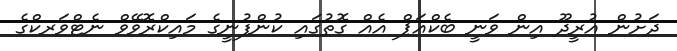
ދަށުން އުރީދޫ އިން ވަނީ ބެކްއަޕް އެއް ގޮތުގައި ކުންފުނީގެ މައިކްރޮވޭވް ނެޓްވަރކްގެ